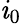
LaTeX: \mathit{i}_{0}